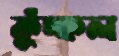
কুঁচ্‌কল